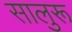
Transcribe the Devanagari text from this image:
सालुरू